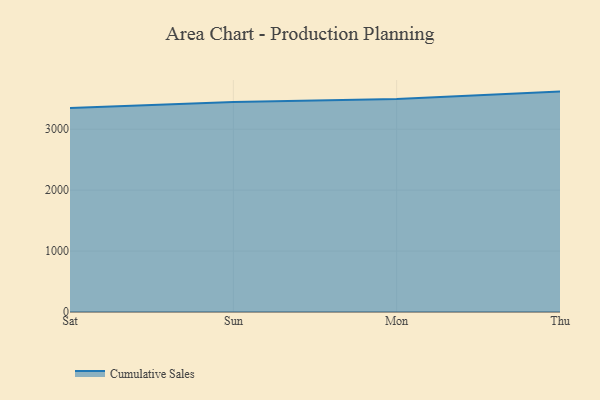
{"axis": {"x": "Day", "y": "Gross Profit (USD K)"}, "legend": ["Cumulative Sales"], "data": [{"x": "Sat", "y": 3346.2, "type": "Cumulative Sales"}, {"x": "Sun", "y": 3445.7, "type": "Cumulative Sales"}, {"x": "Mon", "y": 3496.4, "type": "Cumulative Sales"}, {"x": "Thu", "y": 3616.8, "type": "Cumulative Sales"}]}